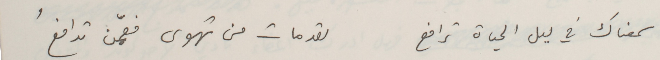
سمعناك في ليل الحياة ترافع              لقد مات من تهوى فعمّن تدافعُ